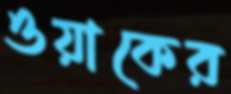
ওয়াকের